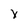
Character: x